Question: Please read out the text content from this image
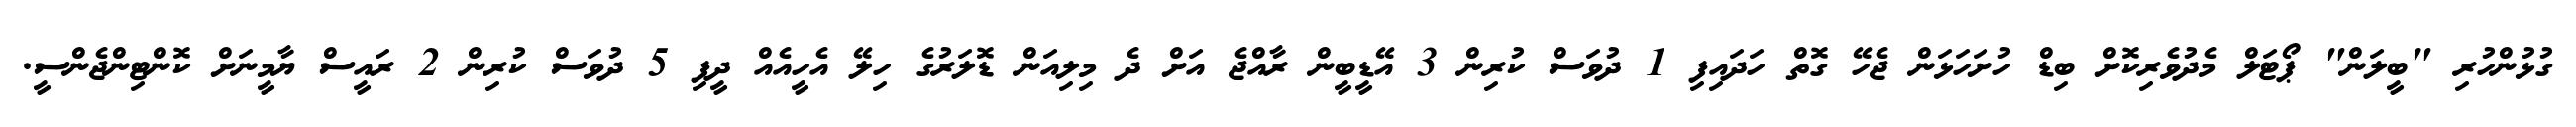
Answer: ގުޅުންހުރި "ބީލަން" ޕޯޓަލް މެދުވެރިކޮށް ބިޑް ހުށަހަޅަން ޖެހޭ ގޮތް ހަދައިފި 1 ދުވަސް ކުރިން 3 އޭޑީބީން ރާއްޖެ އަށް ދެ މިލިއަން ޑޮލަރުގެ ހިލޭ އެހީއެއް ދީފި 5 ދުވަސް ކުރިން 2 ރައީސް ޔާމީނަށް ކޮންޓިންޖެންސީ.